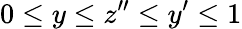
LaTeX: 0\leq y\leq z^{\prime\prime}\leq y^{\prime}\leq 1